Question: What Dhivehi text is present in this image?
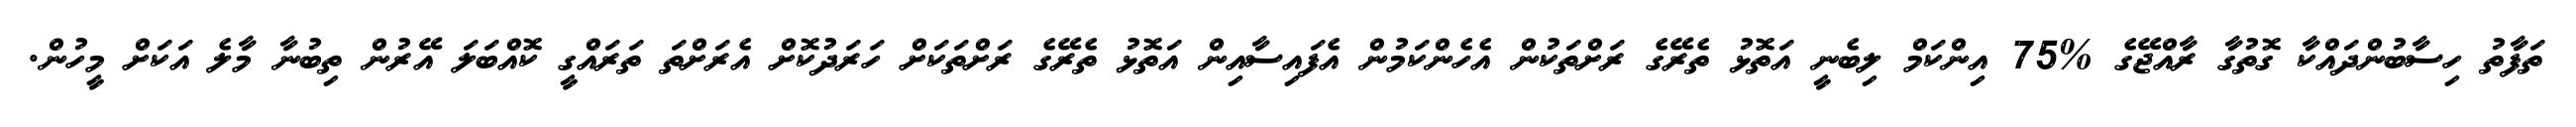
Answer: ތަފާތު ހިސާބުންދައްކާ ގޮތުގާ ރާއްޖޭގެ %75 އިންކަމް ލިބެނީ އަތޮޅު ތެރޭގެ ރަށްތަކުން އެހެންކަމުން އެފައިސާއިން އަތޮޅު ތެރޭގެ ރަށްތަކަށް ހަރަދުކޮށް އެރަށްތަ ތަރައްގީ ކޮއްބަލަ އޭރުން ތިބުނާ މާލެ އަކަށް މީހުން.